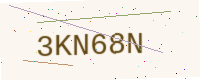
Text: 3KN68N